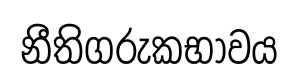
නීතිගරුකභාවය